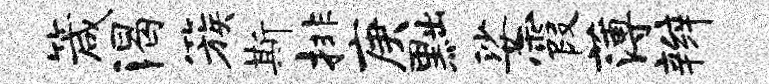
箴渴簇斯排庚黜娑霞薄辫